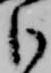
臣